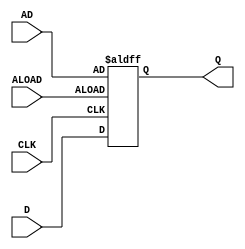
module m_0 (AD, ALOAD, CLK, D, Q);

parameter WIDTH = 2;
parameter CLK_POLARITY = 1'b1;
parameter ALOAD_POLARITY = 1'b1;

input CLK, ALOAD;
input [WIDTH-1:0] AD;
input [WIDTH-1:0] D;
output reg [WIDTH-1:0] Q;
wire pos_clk = CLK == CLK_POLARITY;
wire pos_aload = ALOAD == ALOAD_POLARITY;

always @(posedge pos_clk, posedge pos_aload) begin
	if (pos_aload)
		Q <= AD;
	else
		Q <= D;
end

endmodule